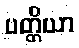
ပတ္တိယာ